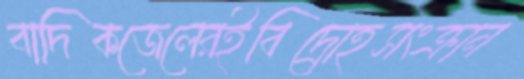
বাদিকজেলেরইবিদ্রোহসংক্রান